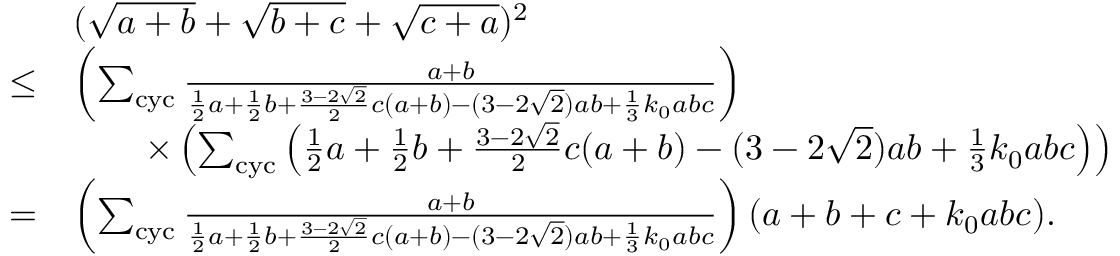
\begin{array} { r l } & { ( \sqrt { a + b } + \sqrt { b + c } + \sqrt { c + a } ) ^ { 2 } } \\ { \le } & { \left( \sum _ { \mathrm { c y c } } \frac { a + b } { \frac 1 2 a + \frac 1 2 b + \frac { 3 - 2 \sqrt { 2 } } { 2 } c ( a + b ) - ( 3 - 2 \sqrt { 2 } ) a b + \frac 1 3 k _ { 0 } a b c } \right) } \\ & { \qquad \times \left( \sum _ { \mathrm { c y c } } \left( \frac 1 2 a + \frac 1 2 b + \frac { 3 - 2 \sqrt { 2 } } { 2 } c ( a + b ) - ( 3 - 2 \sqrt { 2 } ) a b + \frac 1 3 k _ { 0 } a b c \right) \right) } \\ { = } & { \left( \sum _ { \mathrm { c y c } } \frac { a + b } { \frac 1 2 a + \frac 1 2 b + \frac { 3 - 2 \sqrt { 2 } } { 2 } c ( a + b ) - ( 3 - 2 \sqrt { 2 } ) a b + \frac 1 3 k _ { 0 } a b c } \right) ( a + b + c + k _ { 0 } a b c ) . } \end{array}